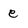
Character: e